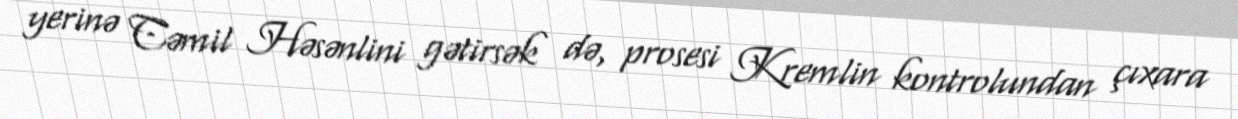
yerinə Cəmil Həsənlini gətirsək də, prosesi Kremlin kontrolundan çıxara